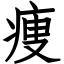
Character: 痩